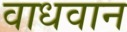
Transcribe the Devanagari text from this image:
वाधवान